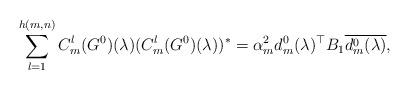
LaTeX: \begin{align*} \sum_{l=1}^{h(m,n)}C_{m}^{l}(G^{0})(\lambda)(C_{m}^{l}(G^{0})(\lambda))^{*}=\alpha_{m} ^{2} d_{m}^{0} (\lambda )^{\top}B_{1} \overline{d_{m}^{0} (\lambda )},\end{align*}